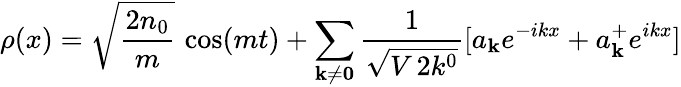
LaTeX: \rho(x)=\sqrt{{\frac{2n_{0}}{m}}}\, \cos(mt)+\sum_{{\mathbf k}\ne{\mathbf 0}}{\frac{1}{\sqrt{V\, 2k^{0}}}}[a_{\mathbf k}e^{-ikx}+a_{\mathbf k}^{+}e^{ikx}]